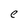
Character: e